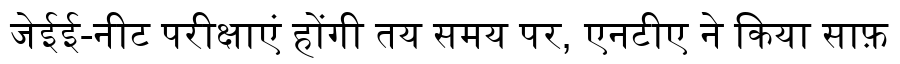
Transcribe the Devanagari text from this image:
जेईई-नीट परीक्षाएं होंगी तय समय पर, एनटीए ने किया साफ़